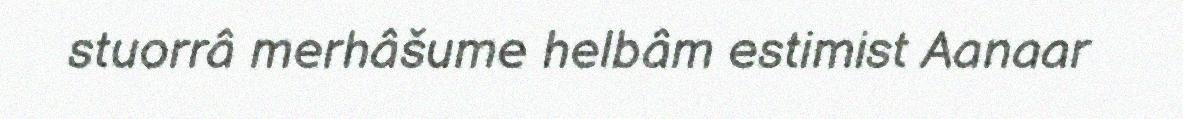
stuorrâ merhâšume helbâm estimist Aanaar